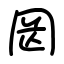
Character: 㒺